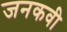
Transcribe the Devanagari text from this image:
जनकवी